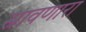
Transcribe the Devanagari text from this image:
स्रावणारा